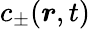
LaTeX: c_{\pm}(\boldsymbol{r},t)